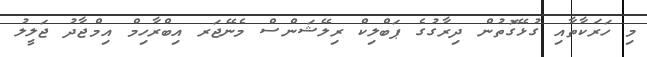
މި ހަރަކާތާއި ގުޅޭގޮތުން ދިރާގުގެ ޕަބްލިކް ރިލޭޝަންސް މެނޭޖަރ އިބްރާހިމް އިމްޖާދު ޖަލީލު